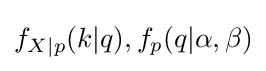
f_{X|p}(k|q),f_{p}(q|\alpha ,\beta )